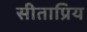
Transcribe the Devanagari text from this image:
सीताप्रिय